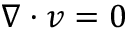
\nabla \boldsymbol { \cdot } \boldsymbol { v } = 0